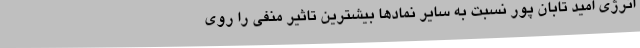
انرژی امید تابان پور نسبت به سایر نمادها بیشترین تاثیر منفی را روی